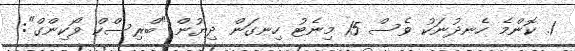
1. ކޮންމެ ހެނދުނަކު ވެސް 15 މިނެޓު ހިނގަން ދިޔުން "ބްރިސްކް ވޯކިންގް":